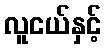
လူငယ်နှင့်